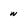
Character: n